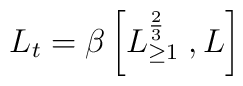
L_t = \beta \left[ L^{\frac{2}{3}}_{\geq 1} \; , L \right]